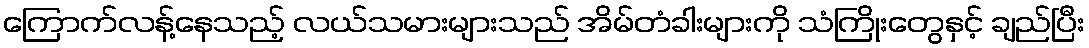
ကြောက်လန့်နေသည့် လယ်သမားများသည် အိမ်တံခါးများကို သံကြိုးတွေနှင့် ချည်ပြီး